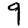
Digit: 9